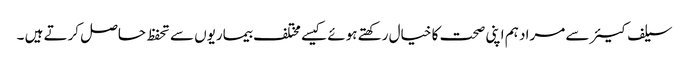
سیلف کیئر سے مراد ہم اپنی صحت کا خیال رکھتے ہوئے کیسے مختلف بیماریوں سے تحفظ حاصل کرتے ہیں ۔